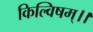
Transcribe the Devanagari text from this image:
किल्विषम्।।